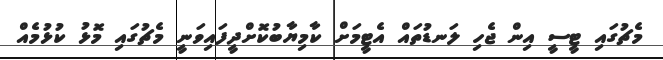
މެޗުގައި ޓީސީ އިން ޖެހި ލަނޑުތައް އެޓީމަށް ކާމިޔާބުކޮށްދީފައިވަނީ މެޗުގައި މޮޅު ކުޅުމެއް